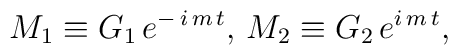
M_{1}\equiv G_{1}\,e^{-\,i\,m\,t},\,M_{2}\equiv G_{2}\,e^{i\,m\,t},